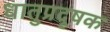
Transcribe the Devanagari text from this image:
धातुप्रदूषक